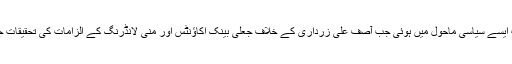
یہ ملاقات ایسے سیاسی ماحول میں ہوئی جب آصف علی زرداری کے خلاف جعلی بینک اکاؤنٹس اور منی لانڈرنگ کے الزامات کی تحقیقات جاری ہیں۔